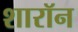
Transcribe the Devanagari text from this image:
शारॉन